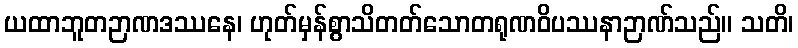
ယထာဘူတဉာဏဒဿနေ၊ ဟုတ်မှန်စွာသိတတ်သောတရုဏဝိပဿနာဉာဏ်သည်။ သတိ၊